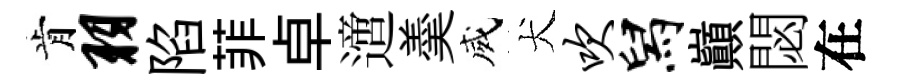
肯羽陷菲卓𨗁羮威犬吹舄巔閟在